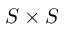
S \times S